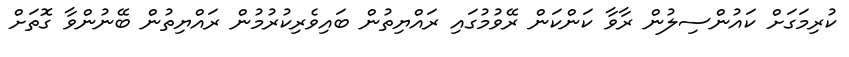
ކުރިމަގަށް ކައުންސިލުން ރާވާ ކަންކަން ރޭވުމުގައި ރައްޔިތުން ބައިވެރިކުރުމުން ރައްޔިތުން ބޭނުންވާ ގޮތަށް